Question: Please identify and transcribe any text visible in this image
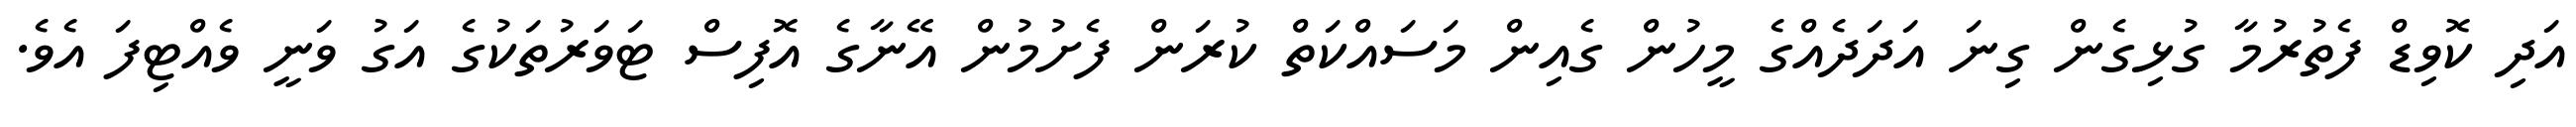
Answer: އަދި ކޮވިޑް ފެތުރުމާ ގުޅިގެން ގިނަ އަދަދެއްގެ މީހުން ގެއިން މަސައްކަތް ކުރަން ފެށުމުން އޭނާގެ އޮފިސް ޓަވަރުތަކުގެ އަގު ވަނީ ވެއްޓިފަ އެވެ.